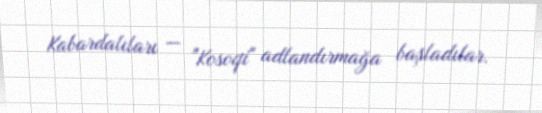
Kabardalıları — "Kosoqi" adlandırmağa başladılar.